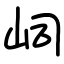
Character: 㟃